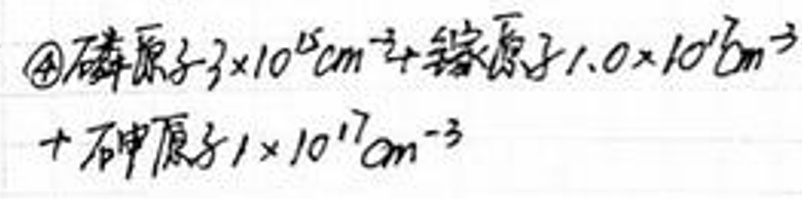
$\textcircled{4}$磷原子\(3\times10^{5}cm^{-2}\)+锗原子\(1.0\times10^{10}cm^{-3}\) +砷原子\(1\times10^{17}cm^{-3}\)